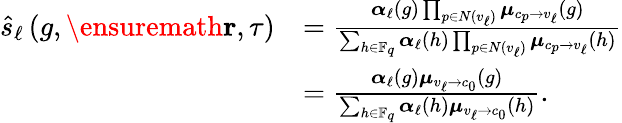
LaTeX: \begin{array}{rl}{\hat{s}_{\ell}\left(g,\ensuremath{\mathbf{r}},\tau\right)}&{=\frac{\boldsymbol{\alpha}_{\ell}(g)\prod_{p\in N(v_{\ell})}\boldsymbol{\mu}_{c_{p}\to v_{\ell}}(g)}{\sum_{h\in\mathbb{F}_{q}}\boldsymbol{\alpha}_{\ell}(h)\prod_{p\in N(v_{\ell})}\boldsymbol{\mu}_{c_{p}\to v_{\ell}}(h)}}\\ &{=\frac{\boldsymbol{\alpha}_{\ell}(g)\boldsymbol{\mu}_{v_{\ell}\to c_{0}}(g)}{\sum_{h\in\mathbb{F}_{q}}\boldsymbol{\alpha}_{\ell}(h)\boldsymbol{\mu}_{v_{\ell}\to c_{0}}(h)}.}\end{array}